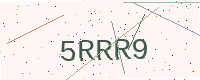
Text: 5RRR9